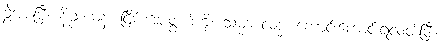
ခွဲအပ်ပြီ။ နိဗ္ဗာယနံ၊ ငြိမ်းအေးဖွယ်ကို။ သမ္မာ လဒ္ဓံ၊ ကောင်းကောင်းရလတ်ပြီ။